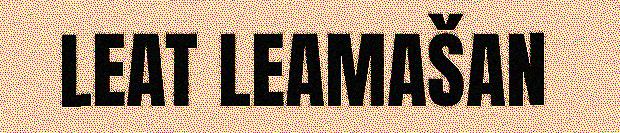
LEAT LEAMAŠAN